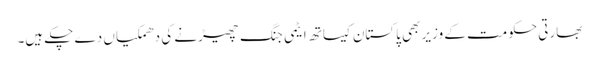
بھارتی حکومت کے وزیر بھی پاکستان کیساتھ ایٹمی جنگ چھیڑنے کی دھمکیاں دے چکے ہیں۔